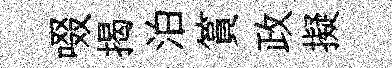
啜揭泊篔政擬